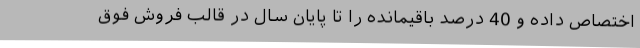
اختصاص داده و 40 درصد باقیمانده را تا پایان سال در قالب فروش فوق‌